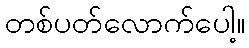
တစ်ပတ်လောက်ပေါ့။